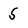
Character: 5